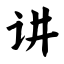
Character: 讲